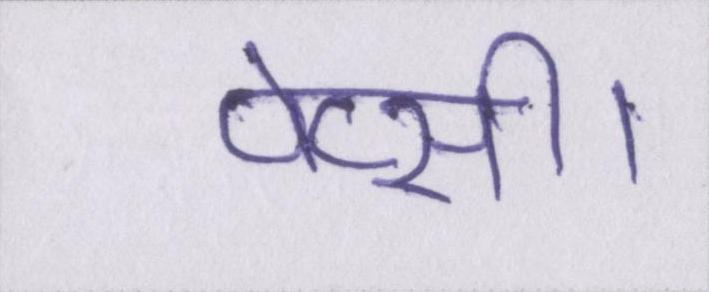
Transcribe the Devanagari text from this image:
पेप्सी।